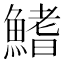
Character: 鰭